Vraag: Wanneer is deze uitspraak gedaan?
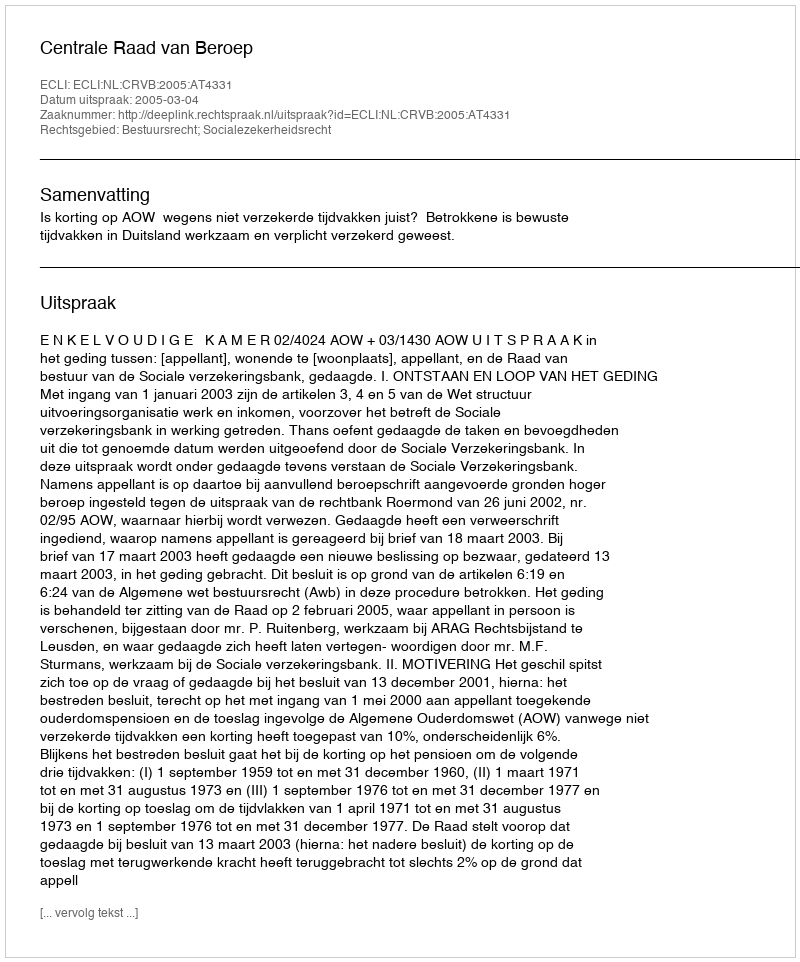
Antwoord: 2005-03-04